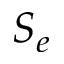
S _ { e }